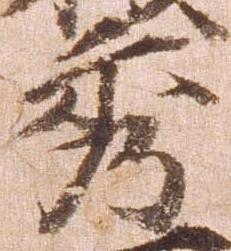
秀